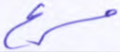
مسرع